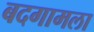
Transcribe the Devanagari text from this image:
बदगामला